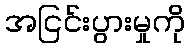
အငြင်းပွားမှုကို